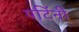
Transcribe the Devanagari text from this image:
पटिंनी